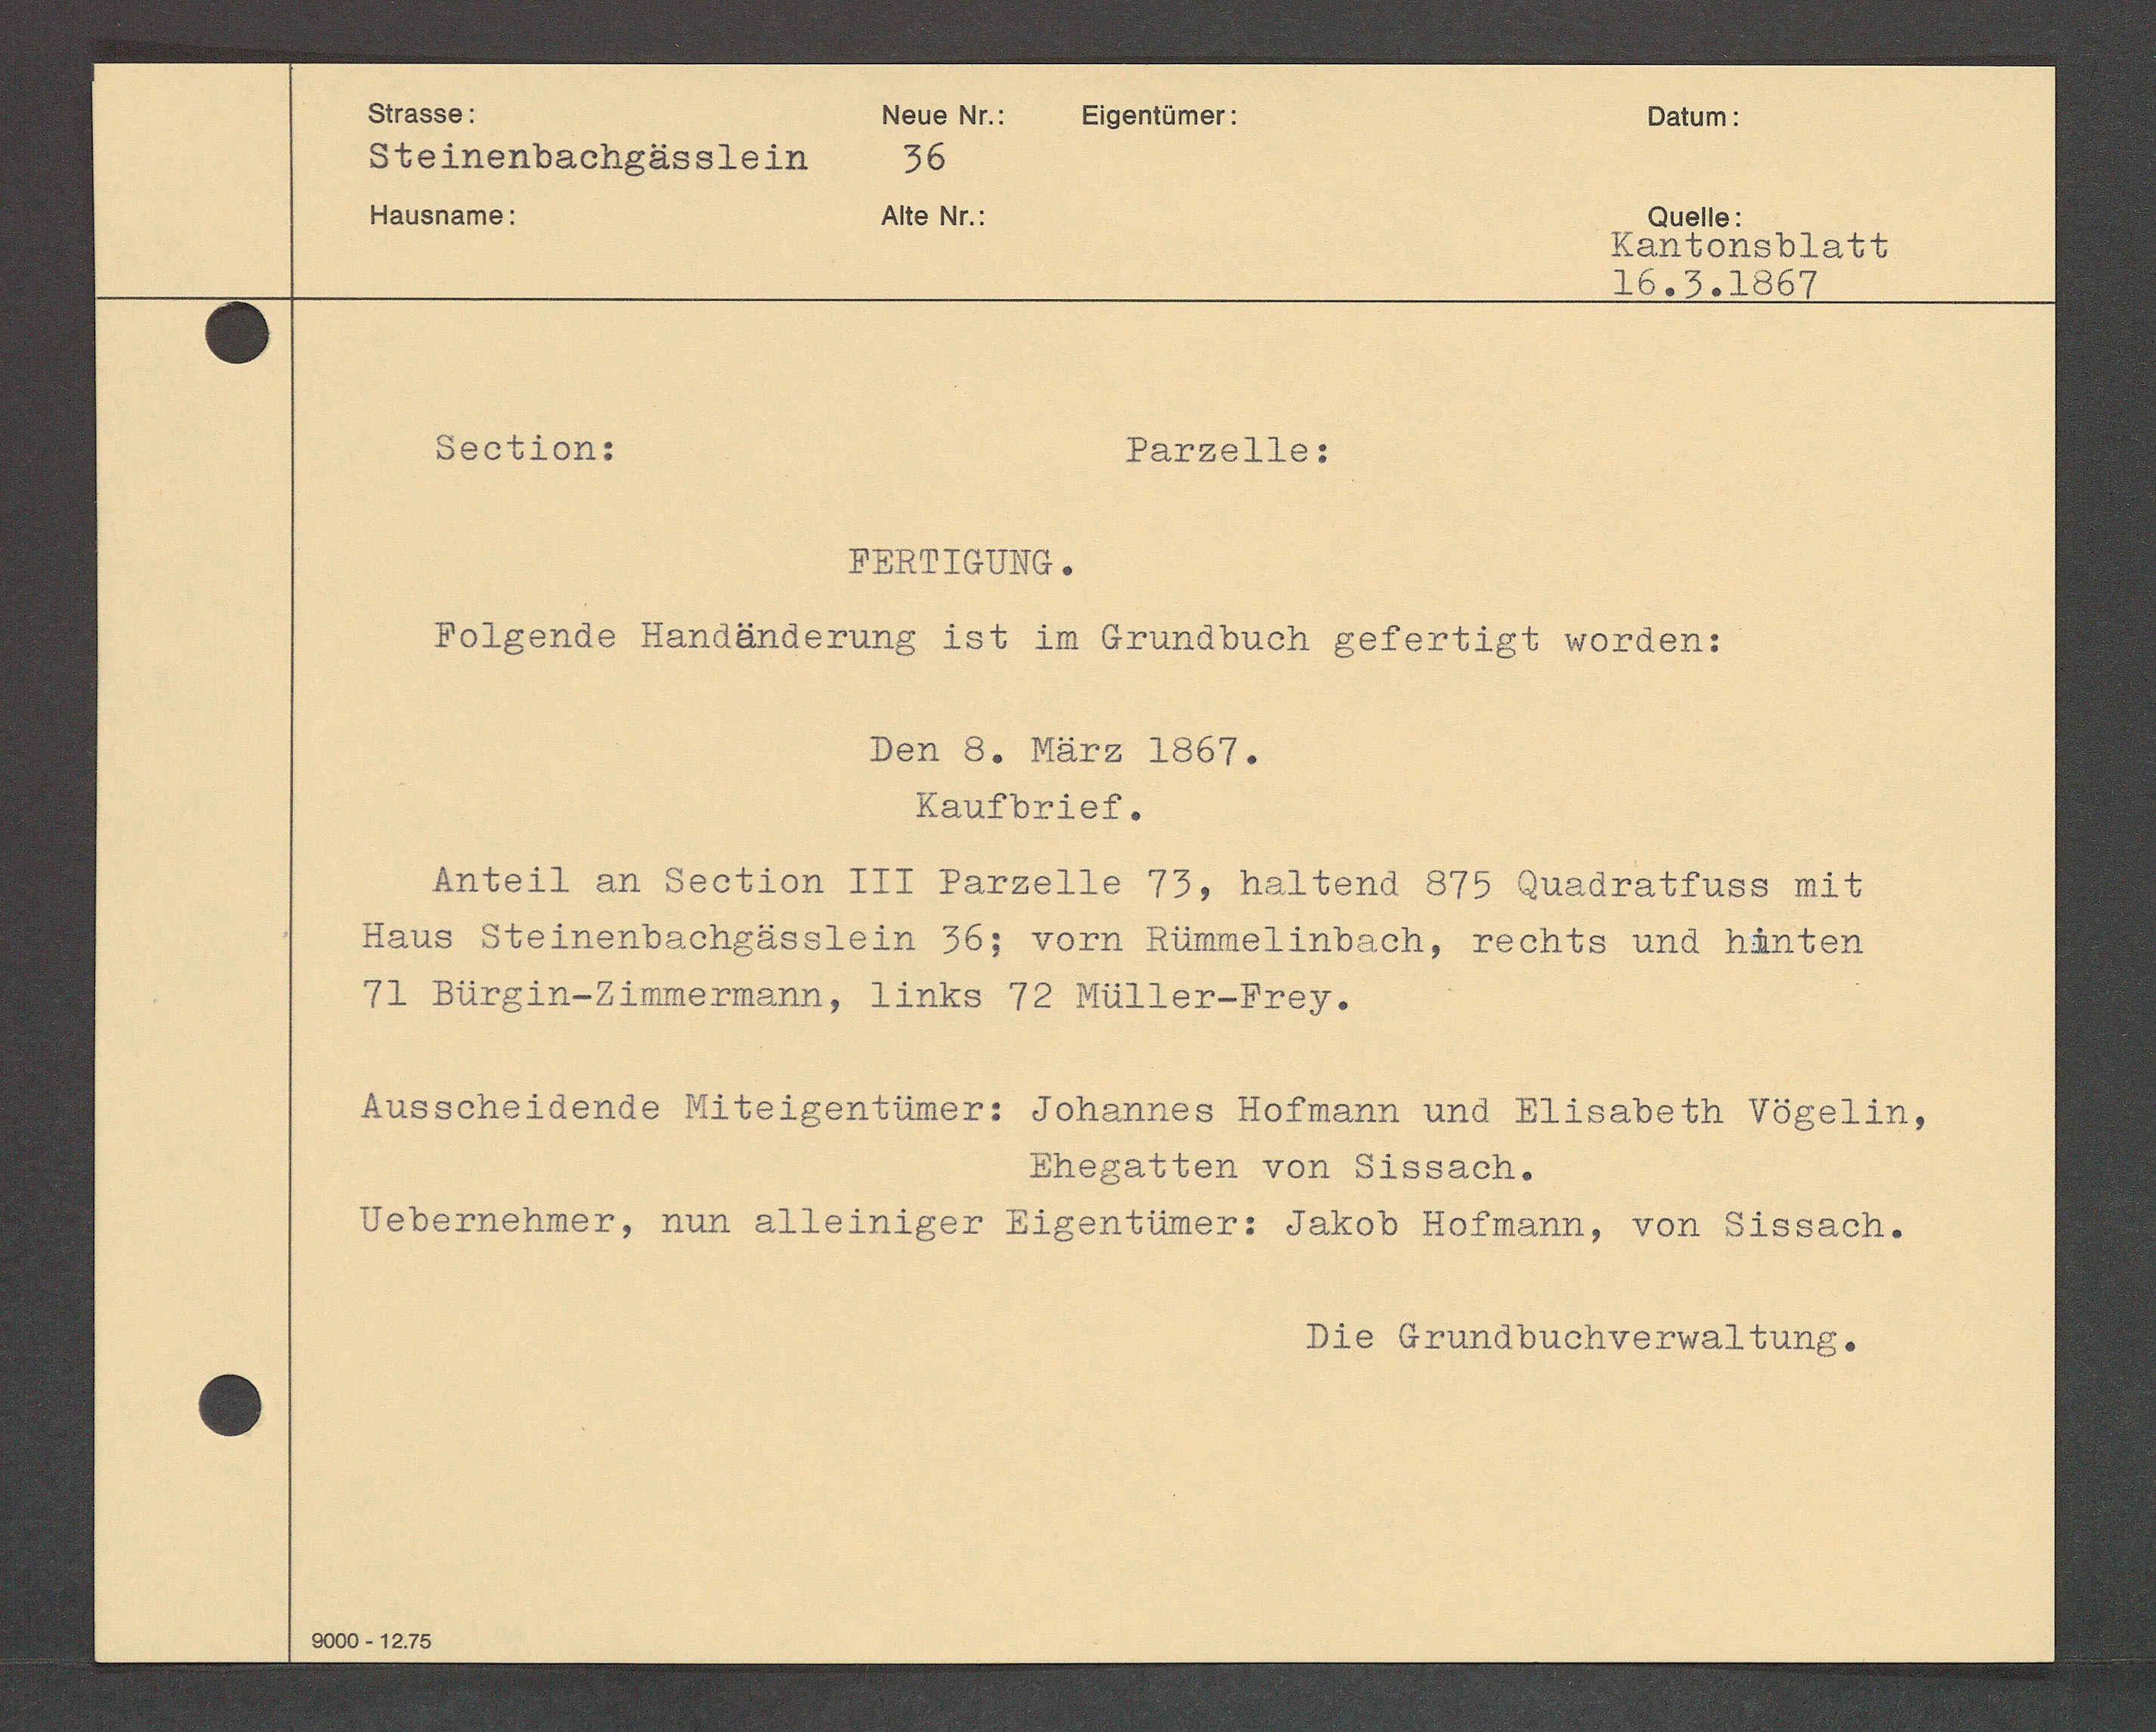
Transcript:
" rechto und hänten
Et i sabeth Vögelin,
Z, von Sissach¬

Die Grund

Abuchverwaltung